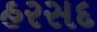
હરસદ